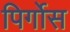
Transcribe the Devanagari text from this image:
पिर्गोस